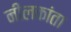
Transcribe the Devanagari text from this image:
नीलकांता